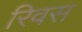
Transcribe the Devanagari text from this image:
रिवस